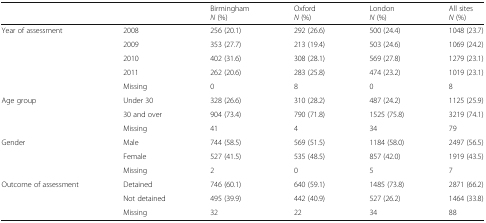
<table><thead><tr><td colspan="2"></td><td><b>Birmingham<i>N</i> (%)</b></td><td><b>Oxford<i>N</i> (%)</b></td><td><b>London<i>N</i> (%)</b></td><td><b>All sites<i>N</i> (%)</b></td></tr></thead><tbody><tr><td rowspan="5">Year of assessment</td><td>2008</td><td>256 (20.1)</td><td>292 (26.6)</td><td>500 (24.4)</td><td>1048 (23.7)</td></tr><tr><td>2009</td><td>353 (27.7)</td><td>213 (19.4)</td><td>503 (24.6)</td><td>1069 (24.2)</td></tr><tr><td>2010</td><td>402 (31.6)</td><td>308 (28.1)</td><td>569 (27.8)</td><td>1279 (23.1)</td></tr><tr><td>2011</td><td>262 (20.6)</td><td>283 (25.8)</td><td>474 (23.2)</td><td>1019 (23.1)</td></tr><tr><td>Missing</td><td>0</td><td>8</td><td>0</td><td>8</td></tr><tr><td rowspan="3">Age group</td><td>Under 30</td><td>328 (26.6)</td><td>310 (28.2)</td><td>487 (24.2)</td><td>1125 (25.9)</td></tr><tr><td>30 and over</td><td>904 (73.4)</td><td>790 (71.8)</td><td>1525 (75.8)</td><td>3219 (74.1)</td></tr><tr><td>Missing</td><td>41</td><td>4</td><td>34</td><td>79</td></tr><tr><td rowspan="3">Gender</td><td>Male</td><td>744 (58.5)</td><td>569 (51.5)</td><td>1184 (58.0)</td><td>2497 (56.5)</td></tr><tr><td>Female</td><td>527 (41.5)</td><td>535 (48.5)</td><td>857 (42.0)</td><td>1919 (43.5)</td></tr><tr><td>Missing</td><td>2</td><td>0</td><td>5</td><td>7</td></tr><tr><td rowspan="3">Outcome of assessment</td><td>Detained</td><td>746 (60.1)</td><td>640 (59.1)</td><td>1485 (73.8)</td><td>2871 (66.2)</td></tr><tr><td>Not detained</td><td>495 (39.9)</td><td>442 (40.9)</td><td>527 (26.2)</td><td>1464 (33.8)</td></tr><tr><td>Missing</td><td>32</td><td>22</td><td>34</td><td>88</td></tr></tbody></table>